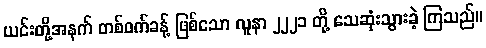
ယင်းတို့အနက် တစ်ဝက်ခန့် ဖြစ်သော လူနာ ၂၂၂၁ တို့ သေဆုံးသွားခဲ့ ကြသည်။